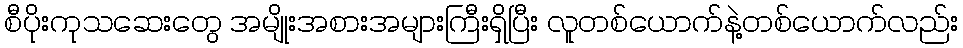
စီပိုးကုသဆေးတွေ အမျိုးအစားအများကြီးရှိပြီး လူတစ်ယောက်နဲ့တစ်ယောက်လည်း